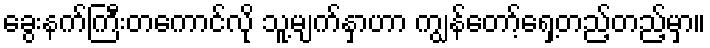
ခွေးနက်ကြီးတကောင်လို သူ့မျက်နှာဟာ ကျွန်တော့်ရှေ့တည့်တည့်မှာ။